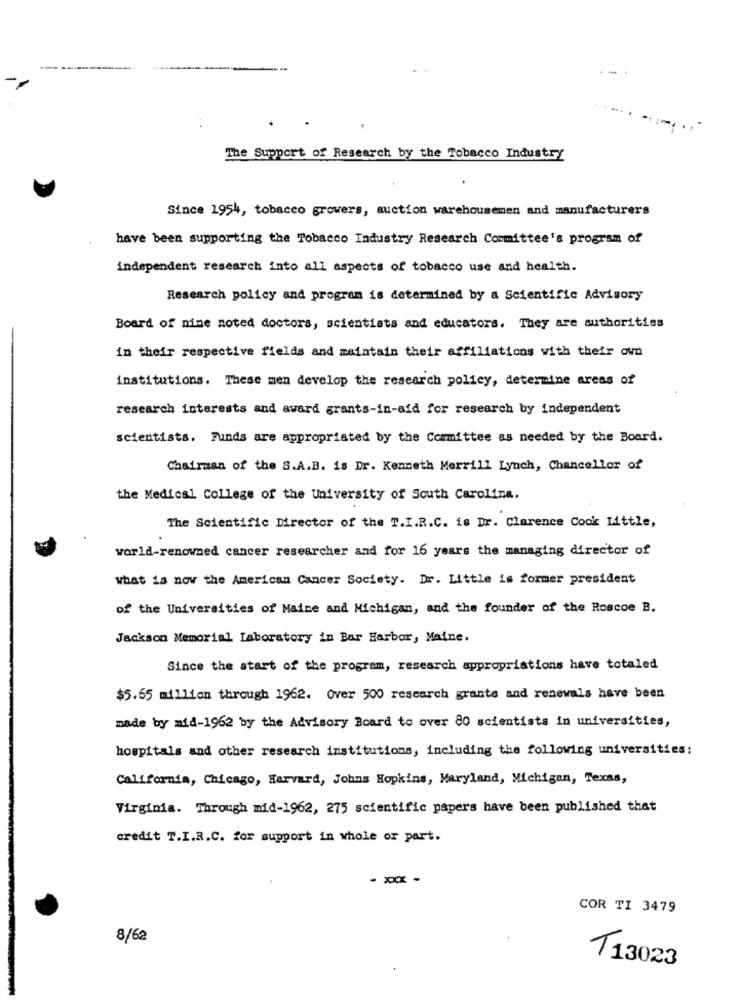
The Support of Research by the Tobacco Industry
Since 1954, tobacco growers, auction warehousemen and manufacturers
have been supporting the Tobacco Industry Research Committee's program of
independent research into all aspects of tobacco use and health.
Research policy and program is determined by a Scientific Advisory
Board of mine noted doctors, scientists and educators. They are authorities
in their respective fields and maintain their affiliations with their own
institutions. These men develop the research policy, determine areas of
research interests and award grants-in-aid for research by independent
scientists. Funds are appropriated by the Committee as needed by the Board.
Chairman of the S.A.B. is Dr. Kenneth Merrill Lynch, Chancellor of
the Medical College of the University of South Carolina.
The Scientific Director of the T.I.R.C. is Dr. Clarence Cook Little,
world-renowned cancer researcher and for 16 years the managing director of
what is now the American Cancer Society. Dr. Little is former president
of the Universities of Maine and Michigan, and the founder of the Roscoe B.
Jackson Memorial Laboratory in Bar Harbor, Maine.
Since the start of the program, research appropriations have totaled
$5.65 million through 1962. Over 500 research grante and renewals have been
made by mid-1962 by the Advisory Board to over 80 scientists in universities,
hospitals and other research institutions, including the following universities:
California, Chicago, Harvard, Johns Hopkins, Maryland, Michigan, Texas,
Virginia. Through mid-1962, 275 scientific papers have been published that
credit T.I.R.C. for support in whole or part.
COR TI 3479
8/62
T13023